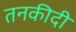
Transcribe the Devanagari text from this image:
तनकीदी